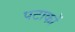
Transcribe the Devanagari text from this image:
पटाकों